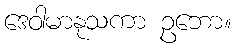
ဒေဝါမာနုသကာ ဥဘော။